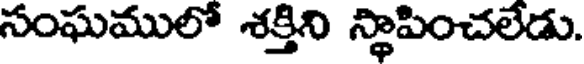
సంఘములో శక్తిని స్థాపించలేడు.